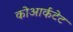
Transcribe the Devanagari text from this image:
कोआर्कटेट